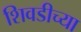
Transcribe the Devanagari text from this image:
शिवडीच्या